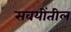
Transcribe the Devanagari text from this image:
सवयींतील